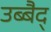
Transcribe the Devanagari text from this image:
उब्बैद्